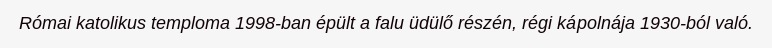
Római katolikus temploma 1998-ban épült a falu üdülő részén, régi kápolnája 1930-ból való.